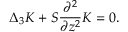
\Delta _ { 3 } K + S \frac { \partial ^ { 2 } } { \partial z ^ { 2 } } K = 0 .